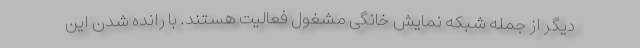
دیگر از جمله شبکه نمایش خانگی مشغول فعالیت هستند. با رانده شدن این